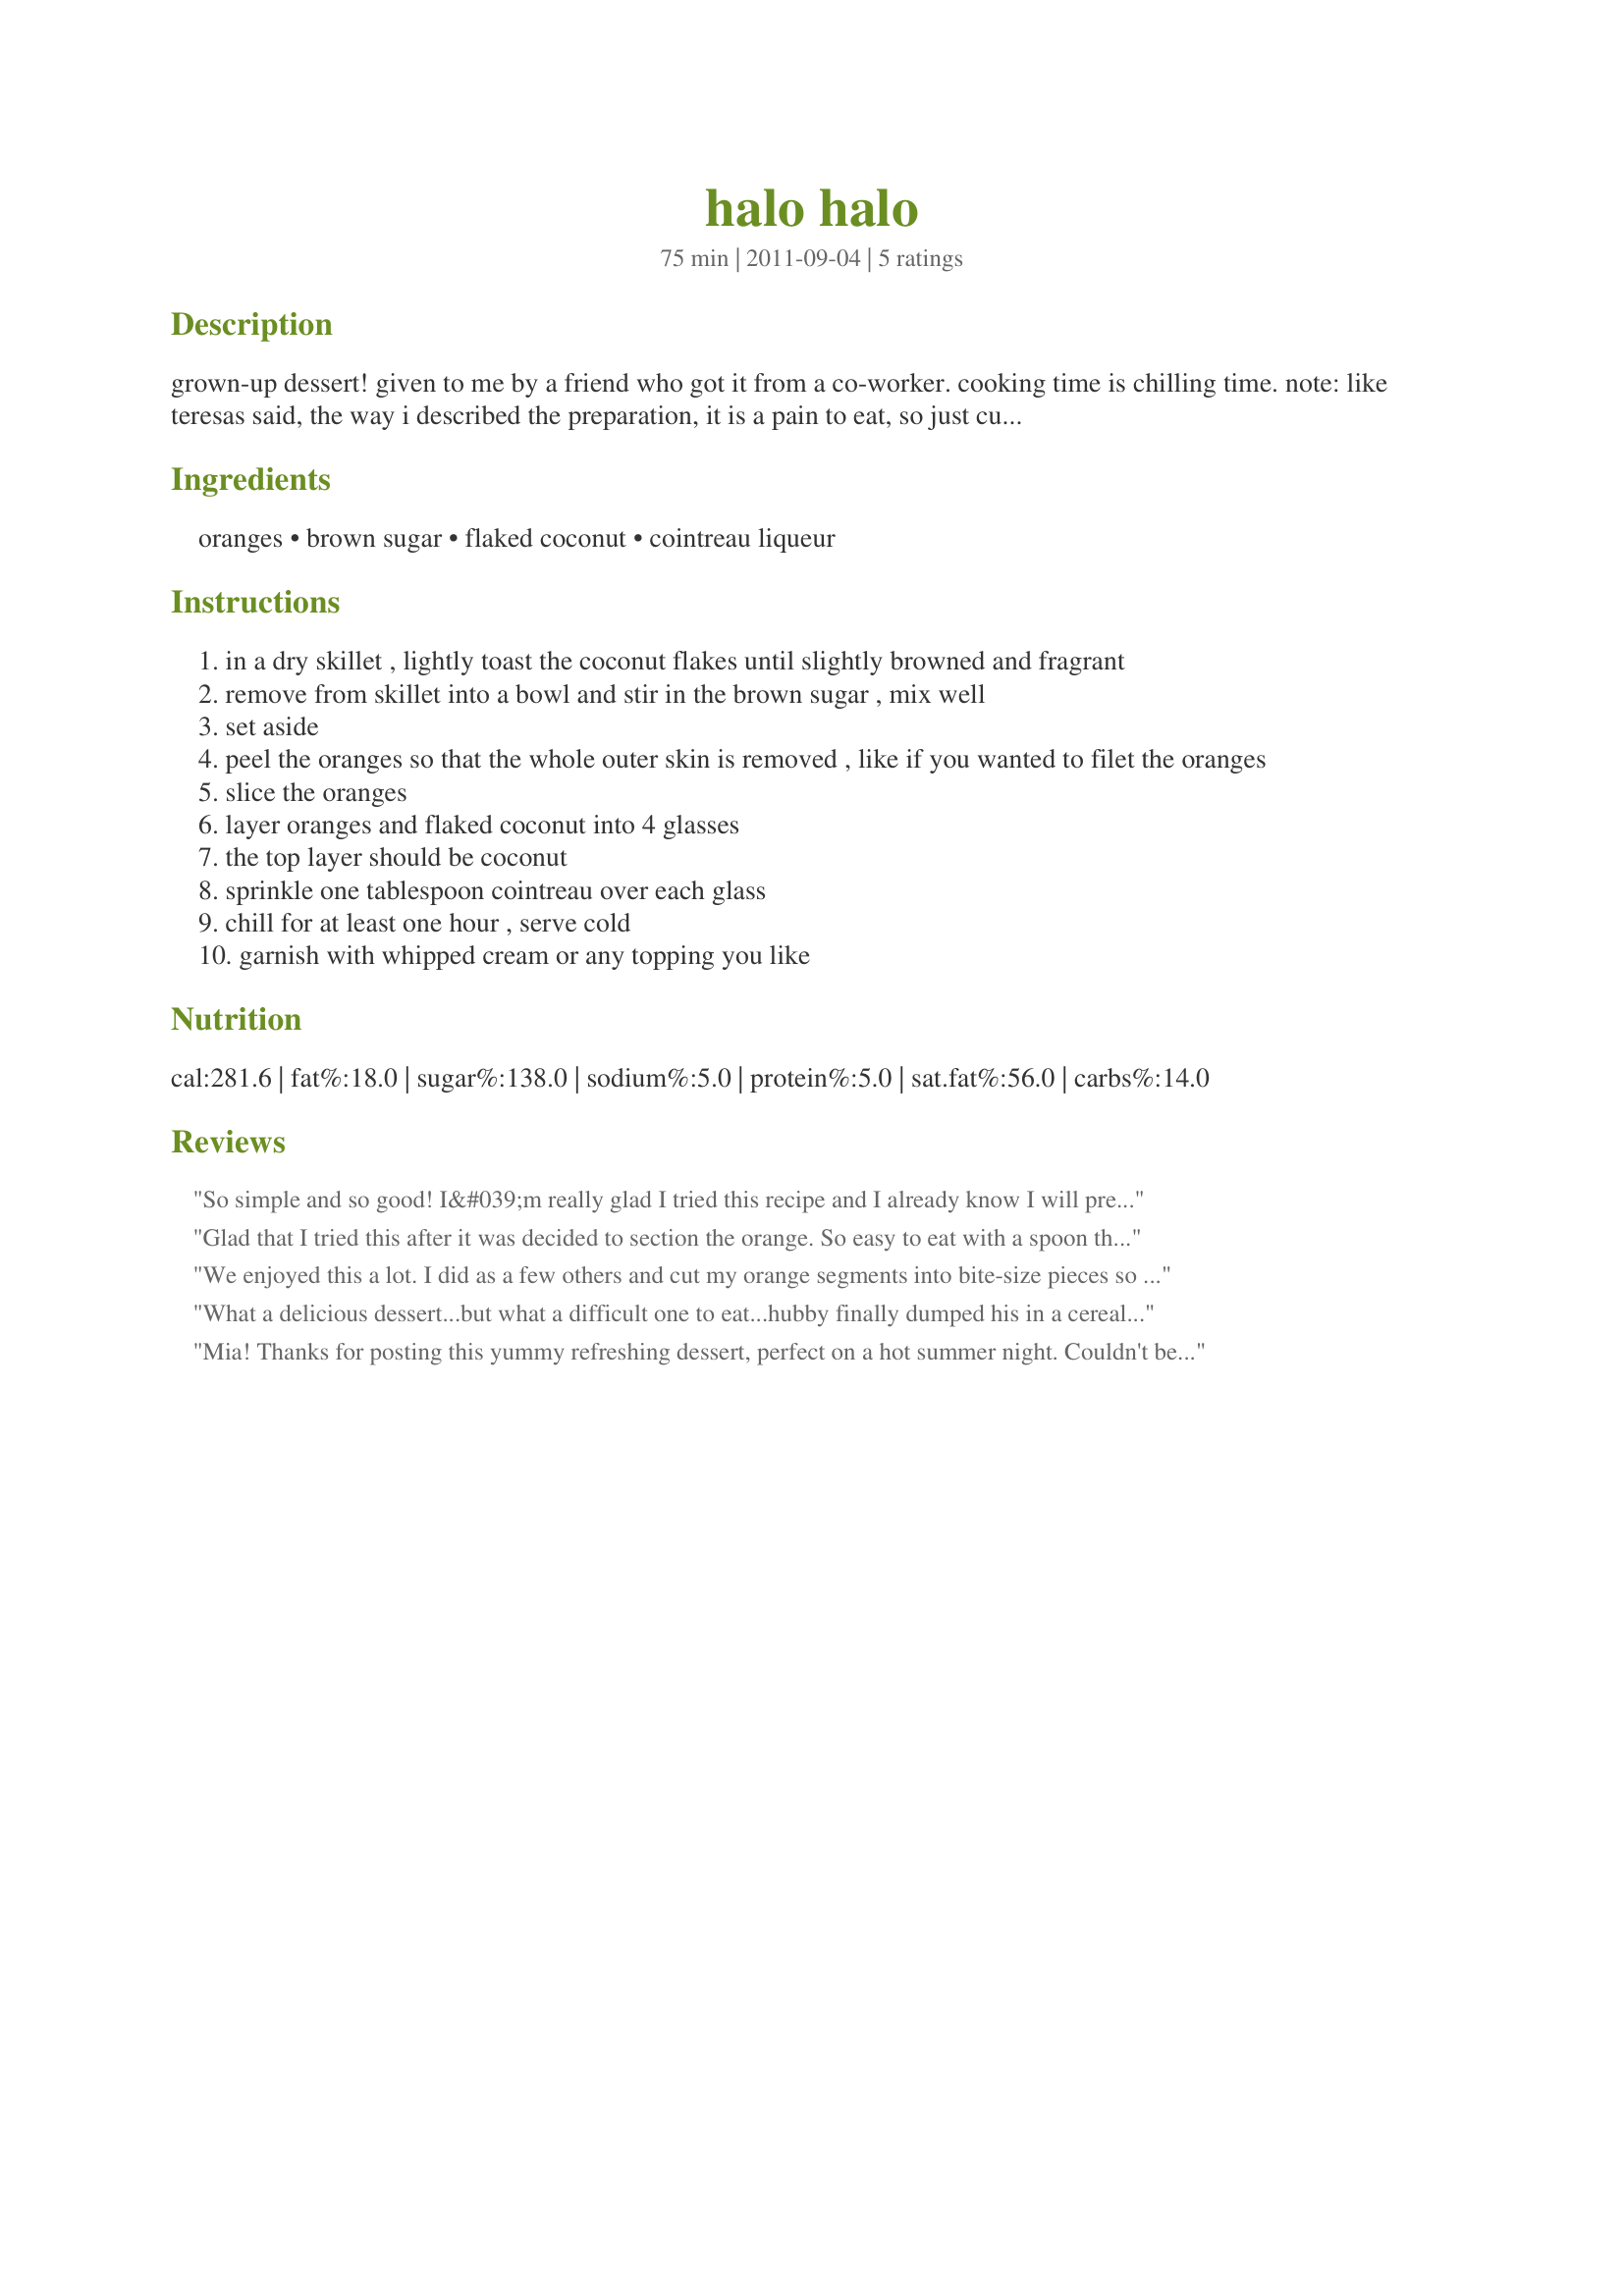
halo halo
Preparation time: 75 minutes

grown-up dessert! given to me by a friend who got it from a co-worker. cooking time is chilling time.
note:
like teresas said, the way i described the preparation, it is a pain to eat, so just cut up the filets so you get pieces, and layer the pieces, not whole slices!!

Ingredients:
oranges, brown sugar, flaked coconut, cointreau liqueur

Steps:
in a dry skillet , lightly toast the coconut flakes until slightly browned and fragrant
remove from skillet into a bowl and stir in the brown sugar , mix well
set aside
peel the oranges so that the whole outer skin is removed , like if you wanted to filet the oranges
slice the oranges
layer oranges and flaked coconut into 4 glasses
the top layer should be coconut
sprinkle one tablespoon cointreau over each glass
chill for at least one hour , serve cold
garnish with whipped cream or any topping you like

Reviews:
So simple and so good! I&#039;m really glad I tried this recipe and I already know I will prepare this again! I prepared orange pieces as suggested and added the roasted coconut and brown sugar. For myself I added some &quot;mandarinetto&quot; (like Grand Marnier&quot; but with tangerines), for my DS without any addition .. and he liked it very much as well. Thanks a lot for this great suggestion!
Glad that I tried this after it was decided to section the orange. So easy to eat with a spoon this way. A very simple and yummy dessert that&#039;s good enough for company.
We enjoyed this a lot. I did as a few others and cut my orange segments into bite-size pieces so it would be easier to eat. I only had dark brown sugar on hand, and I think it tasted fine but light brown sugar would probably make a better presentation. And I also toasted my coconut too much. It wasn't burned, but it was too browned for the photos I took. But it's really good. Definitely one for the adults though. Thanks, Mia. Made for 2016 Culinary Quest (Philippines).
What a delicious dessert...but what a difficult one to eat...hubby finally dumped his in a cereal bowl so he could separate the orange bits for easy eating...I followed suit...we both enjoyed the toasted coconut and the liqueur...so next time I will just separate the sliced segments before assembling the finished dessert...and put them in a nice glass before serving...which I plan to serve to company...this really is a 5 star recipe...but the eating...it wasn&#039;t very romantic...hubby pulled a huge section out on his first try...not a happy camper...but the end result was wonderful...thanks for posting it...Made for Spring 2014 PAC =)
Mia! Thanks for posting this yummy refreshing dessert, perfect on a hot summer night. Couldn't be much easier to make and the cointreau at the bottom of the glass was a nice surprise after eating the oranges and coconut!! (Stacy G made for CQ 2016)
